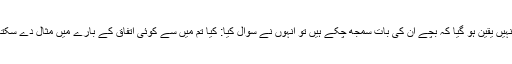
جب انہیں یقین ہو گیا کہ بچے ان کی بات سمجھ چکے ہیں تو انہوں نے سوال کیا: کیا تم میں سے کوئی اتفاق کے بارے میں مثال دے سکتا ہے؟